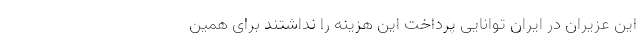
این عزیران در ایران توانایی پرداخت این هزینه را نداشتند برای همین